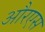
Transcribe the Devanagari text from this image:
औरएस